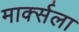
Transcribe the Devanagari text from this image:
मार्क्‍सला